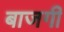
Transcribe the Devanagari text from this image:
बाजगी